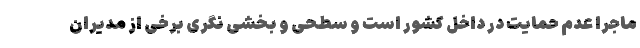
ماجرا عدم حمایت در داخل کشور است و سطحی و بخشی نگری برخی از مدیران